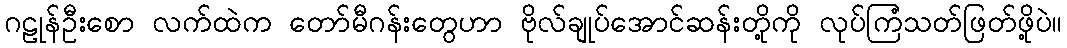
ဂဠုန်ဦးစော လက်ထဲက တော်မီဂန်းတွေဟာ ဗိုလ်ချုပ်အောင်ဆန်းတို့ကို လုပ်ကြံသတ်ဖြတ်ဖို့ပဲ။